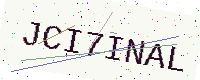
Text: JCI7INAL